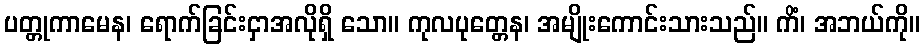
ပတ္တုကာမေန၊ ရောက်ခြင်းငှာအလိုရှိ သော။ ကုလပုတ္တေန၊ အမျိုးကောင်းသားသည်။ ကိံ၊ အဘယ်ကို။